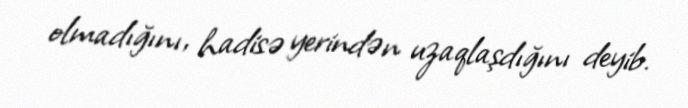
olmadığını, hadisə yerindən uzaqlaşdığını deyib.